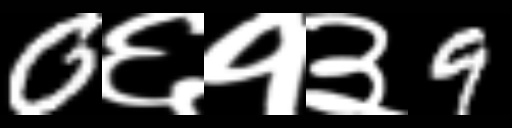
Text: 0६१३9